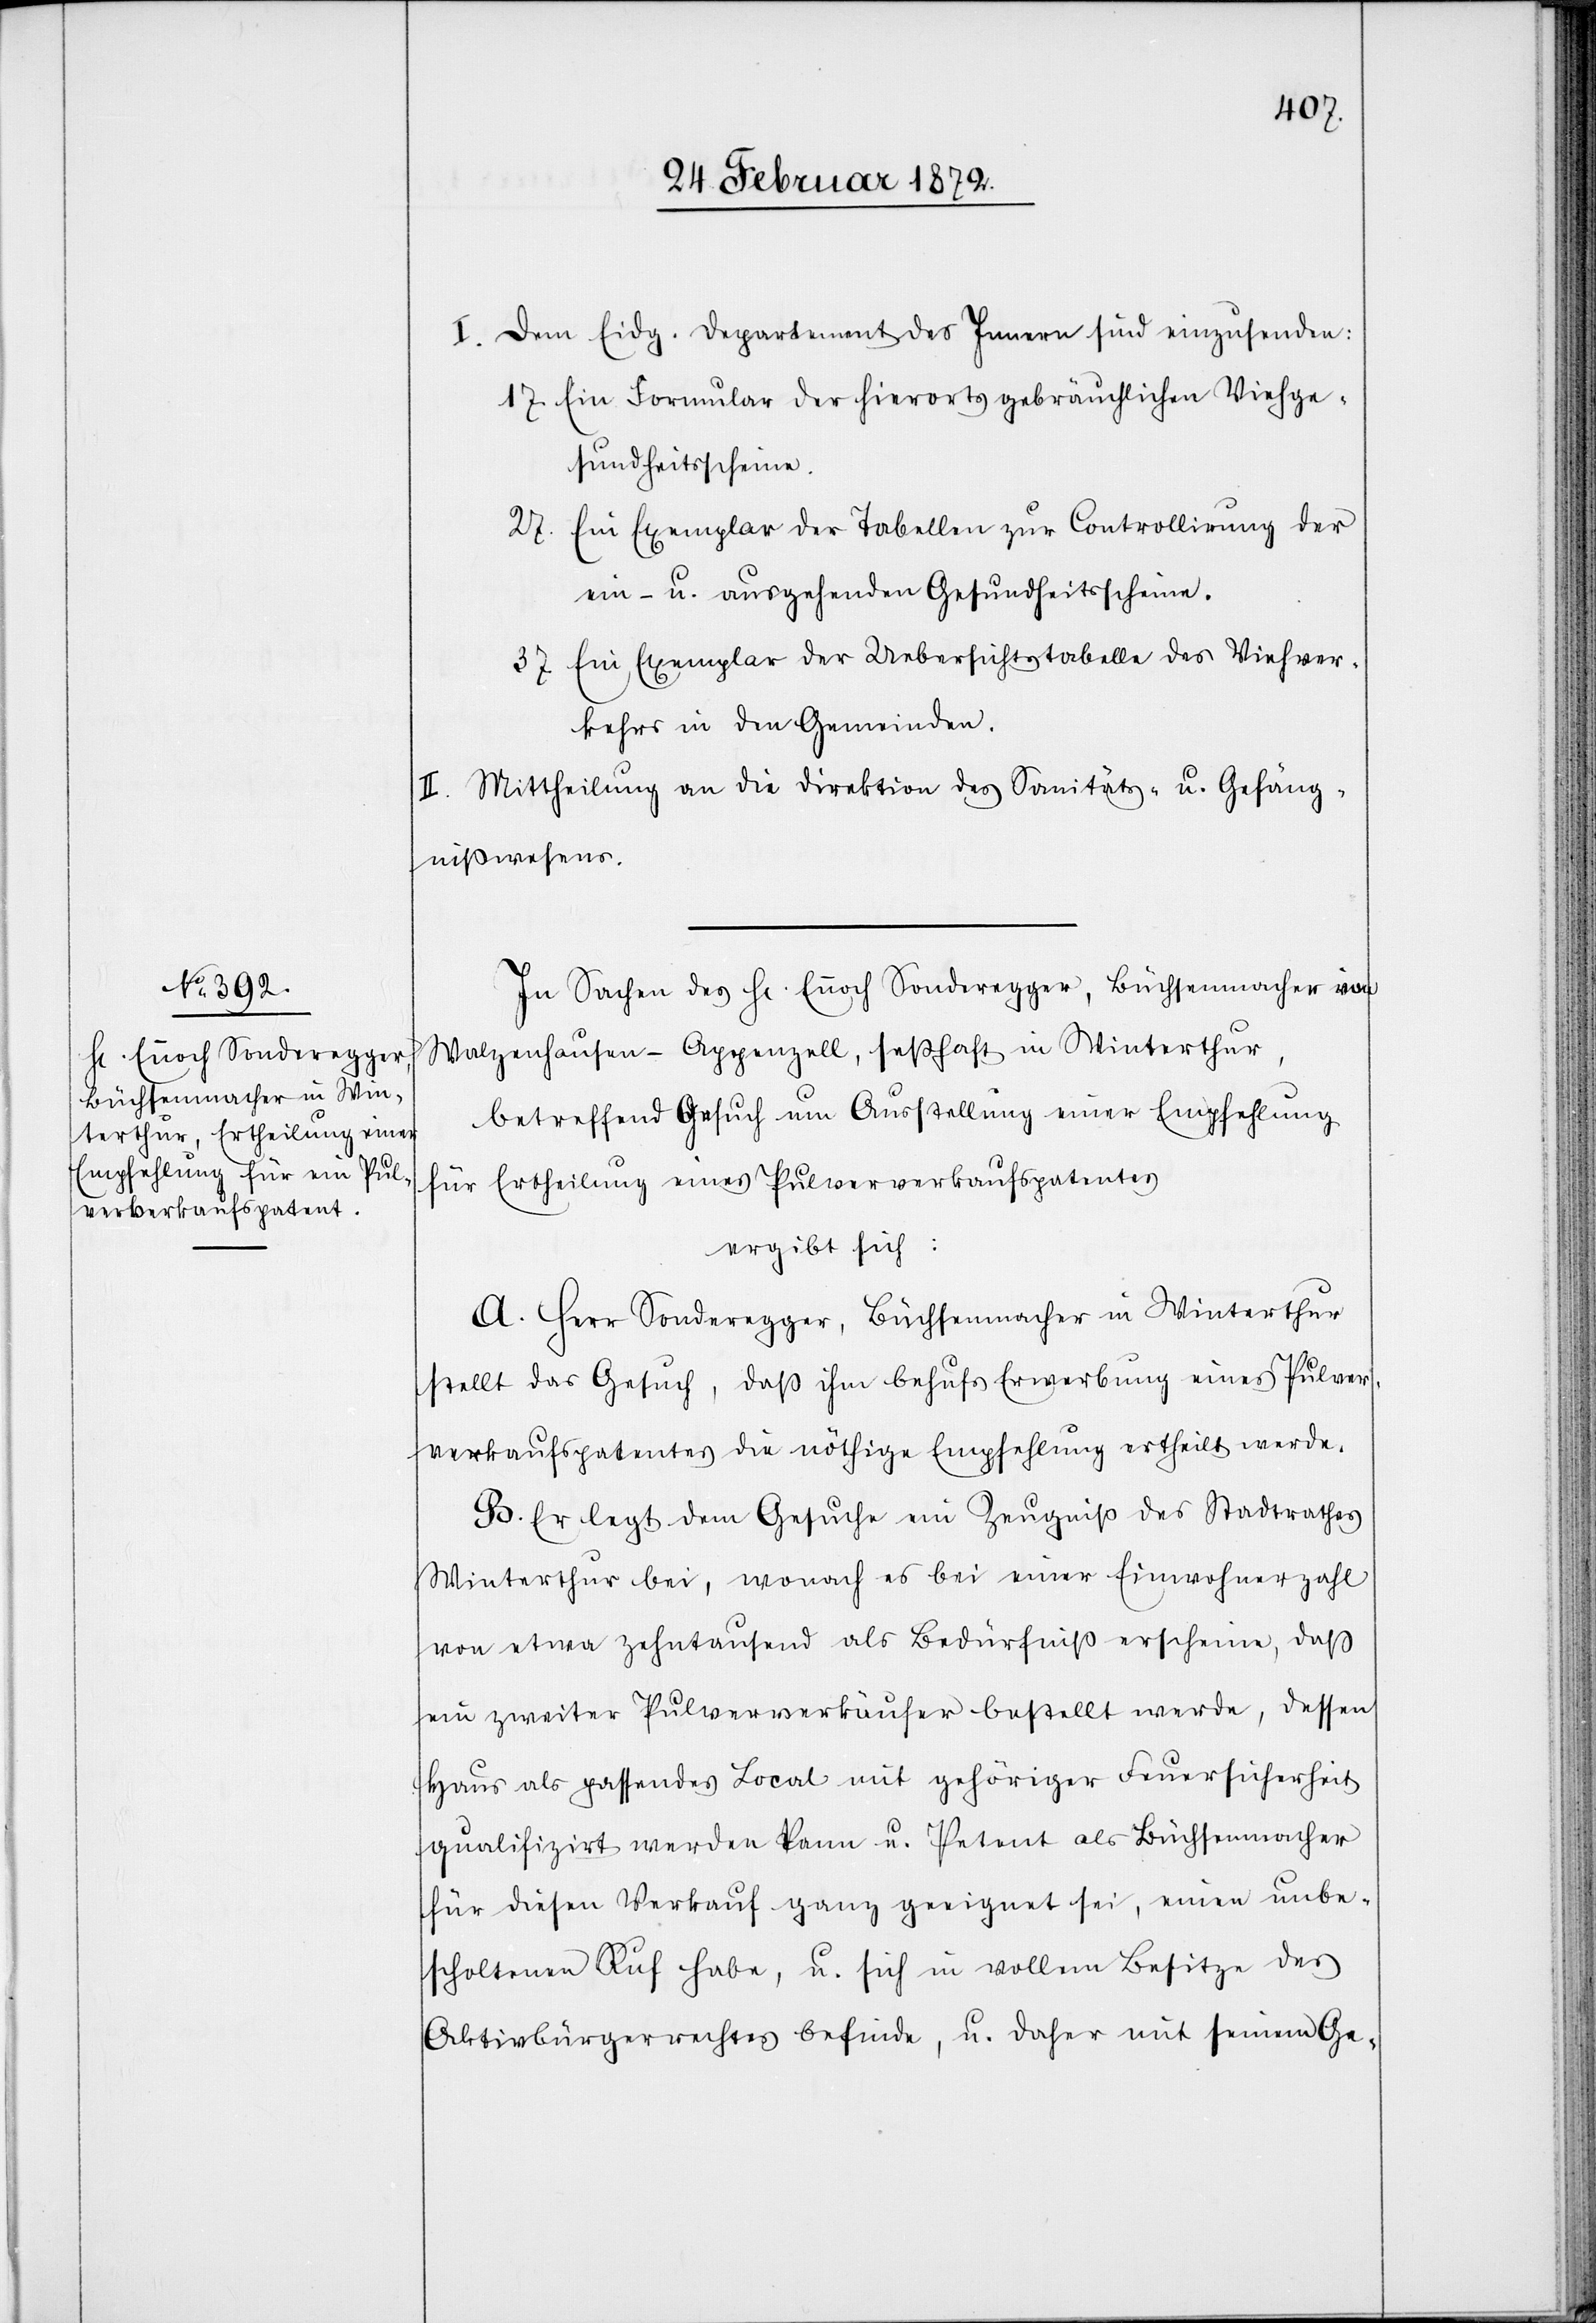
I. Dem Eidg. Departement des Innern sind einzusenden:
[sic!] Ein Formular der hierorts gebräuchlichen Viehge¬
sundheitsscheine.
[sic!] Ein Exemplar der Tabellen zur Controllirung der
ein- u. ausgehenden Gesundheitsscheine.
[sic!] Ein Exemplar der Uebersichtstabelle des Viehver¬
kehrs in den Gemeinden.
II. Mittheilung an die Direktion des Sanitäts- u. Gefäng¬
nißwesens.
In Sachen des Hr. Ennoch Sonderegger, Büchsenmacher von
Walzenhausen-Appenzell, seßhaft in Winterthur,
betreffend Gesuch um Ausstellung einer Empfehlung
für Ertheilung eines Pulververkaufspatentes
ergibt sich:
A. Herr Sonderegger, Büchsenmacher in Winterthur
stellt das Gesuch, daß ihm behufs Erwerbung eines Pulver¬
verkaufspatentes die nöthige Empfehlung ertheilt werde.
B. Er legt dem Gesuch ein Zeugniß des Stadtrathes
Winterthur bei, wonach es bei einer Einwohnerzahl
von etwa zehntausend als Bedürfniß erscheine, daß
ein zweiter Pulververkäufer bestellt werde, dessen
Haus als passendes Local mit gehöriger Feuersicherheit
qualifizirt werden kann u. Petent als Büchsenmacher
für diesen Verkauf ganz geeignet sei, einen unbe¬
scholtenen Ruf habe, u. sich in vollem Besitze des
Aktivbürgerrechtes befinde, u. daher mit seinem Ge-